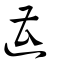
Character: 遭